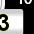
Digit: 3